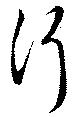
行